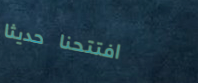
افتتحنا حديثاً